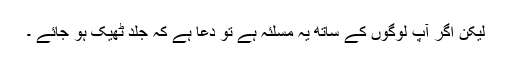
لیکن اگر آپ لوگوں کے ساتھ یہ مسلئہ ہے تو دعا ہے کہ جلد ٹھیک ہو جائے ۔